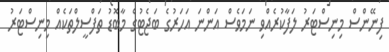
ފިނޭންސް މިނިސްޓަރު ލަފާކުރެއްވި ނަމަވެސް އަންނަ އަހަރުގެ ބަޖެޓުގެ މާބޮޑު ތަފްސީލްތަކެއް މިނިސްޓަރު